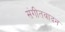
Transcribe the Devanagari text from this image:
संगीतवादन